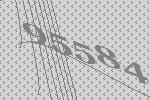
95584